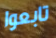
تابعوا